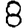
Digit: 8